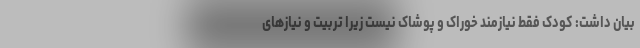
بیان داشت: کودک فقط نیازمند خوراک و پوشاک نیست زیرا تربیت و نیازهای